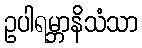
ဥပါရမ္ဘာနိသံသာ